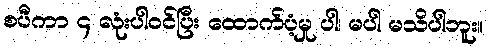
စပီကာ ၄ လုံးပါဝင်ပြီး ထောက်ပံ့မှု ပါ၊ မပါ မသိပါဘူး။